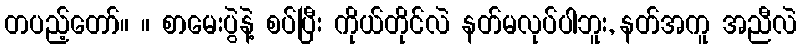
တပည့်တော်။ ။ စာမေးပွဲနဲ့ စပ်ပြီး ကိုယ်တိုင်လဲ နတ်မလုပ်ပါဘူး, နတ်အကူ အညီလဲ